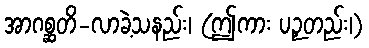
အာဂစ္ဆတိ-လာခဲ့သနည်း၊ (ဤကား ပဉှတည်း၊)